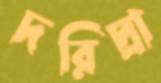
দরিদ্রা